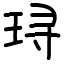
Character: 𬍤